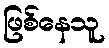
ဖြစ်နေသူ